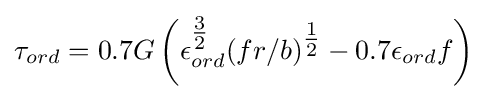
\tau _{ord}=0.7G\left(\epsilon _{ord}^{\tfrac {3}{2}}(fr/b)^{\tfrac {1}{2}}-0.7\epsilon _{ord}f\right)